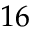
1 6